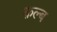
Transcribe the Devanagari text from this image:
क़ल्ब